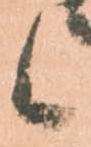
候